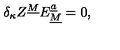
\delta _ { \kappa } Z ^ { \underline { M } } E _ { \underline { M } } ^ { \underline { a } } = 0 ,